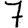
Digit: 7